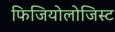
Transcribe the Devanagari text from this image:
फिजियोलोजिस्ट